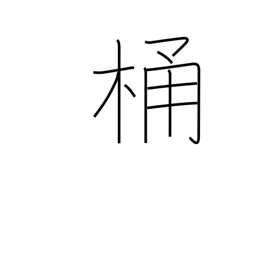
Meaning: bucket